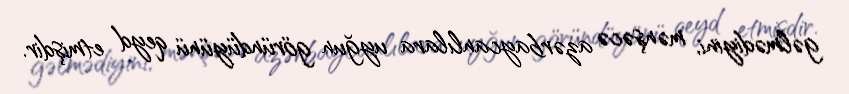
gəlmədiyini, mənşəcə azərbaycanlılara uyğun göründüyünü qeyd etmişdir.